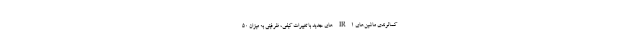
کمالوندی ماشین‌های IR۱ های جدید با تغییرات کیفی، ظرفیتی به میزان ۵۰